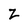
Character: z